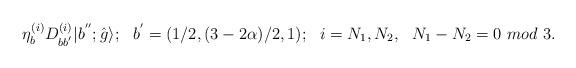
LaTeX: \begin{align*}{\eta}^{(i)}_{b}D^{(i)}_{bb^{'}}|b^{''};\hat{g}\rangle;\ \ b^{'}=(1/2,(3-2\alpha)/2,1);\ \ i=N_1,N_2,\ \ N_1-N_2=0 ~mod\,\,3.\end{align*}